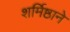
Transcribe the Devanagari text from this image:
शर्मिष्ठाने